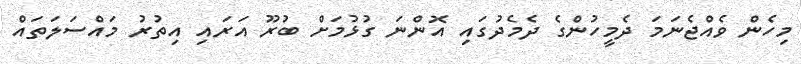
މިހެން ވެއްޖެނަމަ ދެމީހުންގެ ދެމެދުގައި އޮންނަ ގުޅުމަށް ބުރޫ އަރައި އިތުރު މައްސަލަތައް